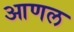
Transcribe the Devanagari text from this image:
आणल